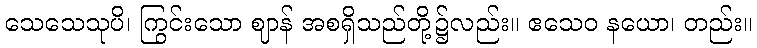
သေသေသုပိ၊ ကြွင်းသော ဈာန် အစရှိသည်တို့၌လည်း။ ဧသေဝ နယော၊ တည်း။